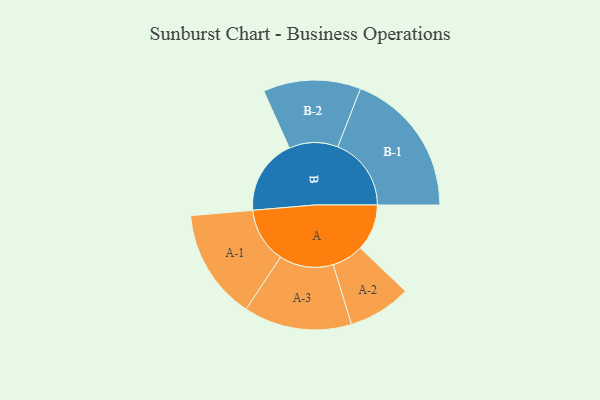
{"axis": {"x": "Segment", "y": "Value"}, "legend": ["", "A", "B"], "data": [{"x": "A", "y": 151, "type": ""}, {"x": "B", "y": 245, "type": ""}, {"x": "A-1", "y": 179, "type": "A"}, {"x": "A-2", "y": 102, "type": "A"}, {"x": "A-3", "y": 175, "type": "A"}, {"x": "B-1", "y": 238, "type": "B"}, {"x": "B-2", "y": 158, "type": "B"}]}